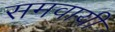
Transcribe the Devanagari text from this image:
समवायी